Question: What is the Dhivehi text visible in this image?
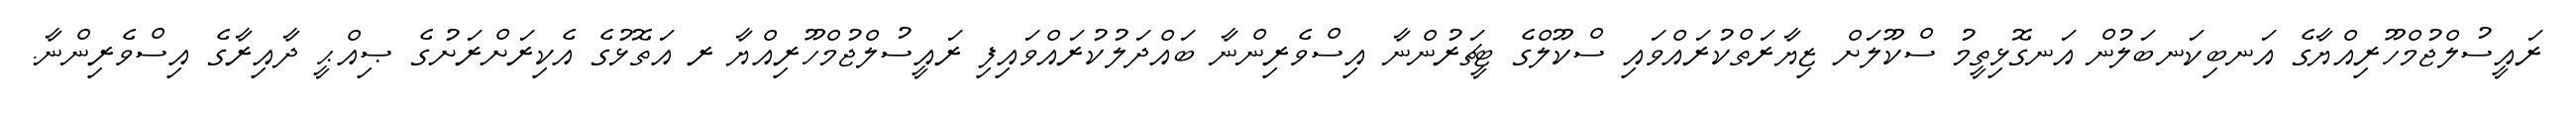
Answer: ރައީސުލްޖުމްހޫރިއްޔާގެ އަނބިކަނބަލުން އަނގޮޅިތީމު ސްކޫލަށް ޒިޔާރަތްކުރައްވައި ސްކޫލްގެ ޓީޗަރުންނާ އިސްވެރިންނާ ބައްދަލުކުރައްވައިފި ރައީސުލްޖުމްހޫރިއްޔާ ރ އަތޮޅުގެ އެކިރަށްރަށުގެ ޞިއްޙީ ދާއިރާގެ އިސްވެރިންނާ.